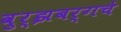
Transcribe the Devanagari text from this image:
वुर्झबर्गचे